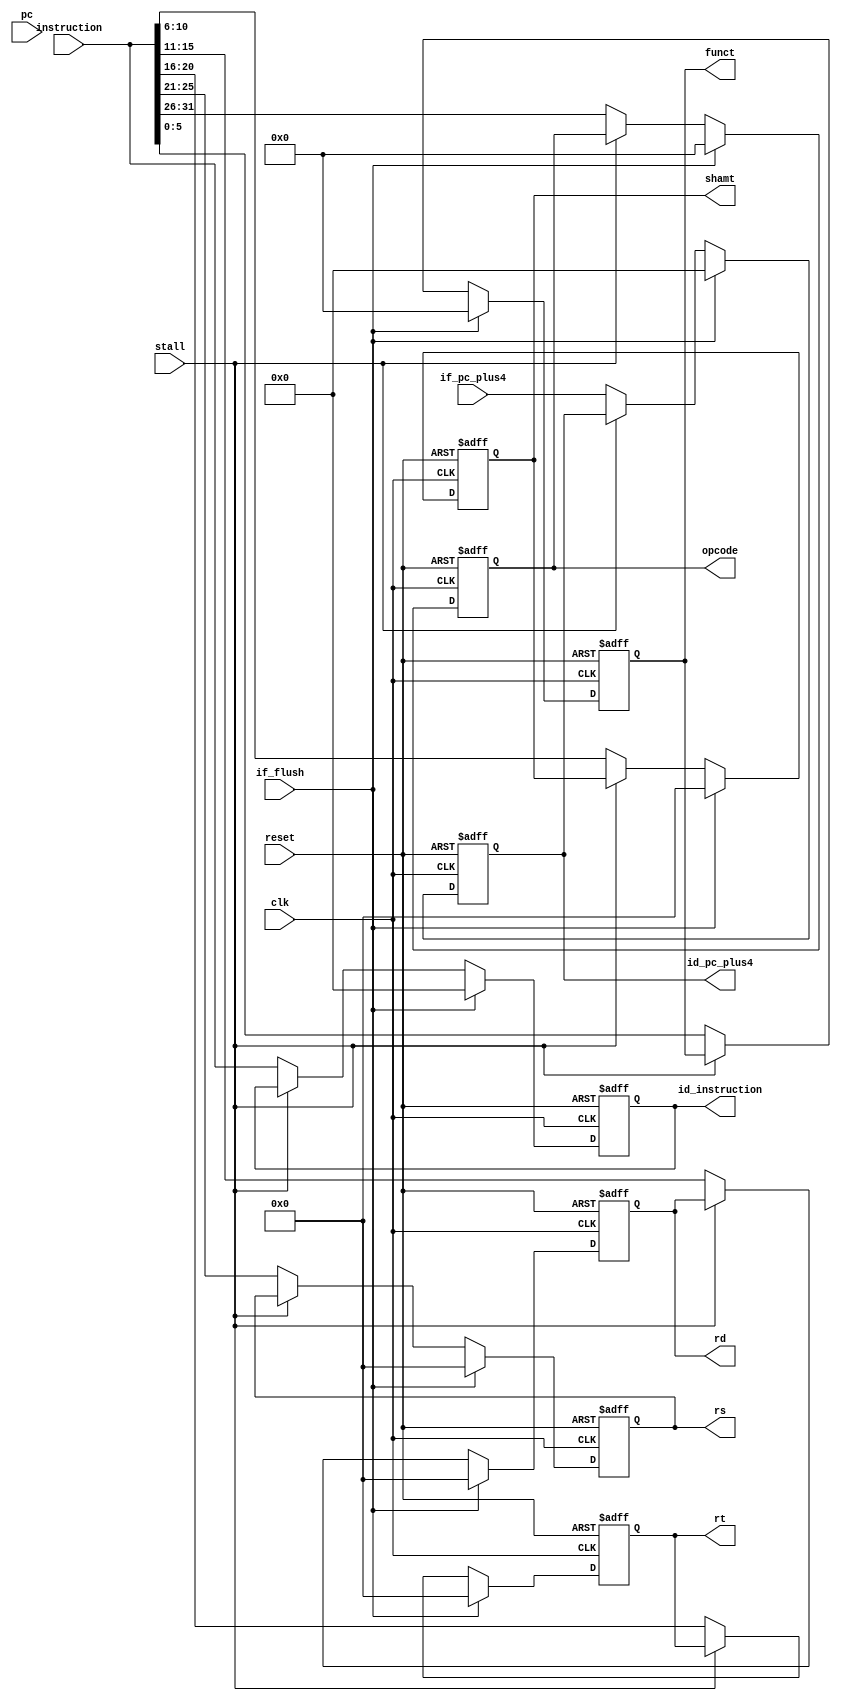
`timescale 1ns / 1ps
//////////////////////////////////////////////////////////////////////////////////
// Company: 
// Engineer: 
// 
// Design Name: 
// Module Name: IF_ID
// Project Name: 
// Target Devices: 
// Tool Versions: 
// Description: 
// 
// Dependencies: 
// 
// Revision:
// Revision 0.01 - File Created
// Additional Comments:
// 
//////////////////////////////////////////////////////////////////////////////////


module IF_ID(
    input wire clk,
    input wire reset,
    input wire[31:0] pc,
    input wire[31:0]instruction,
    input wire stall,
    input wire if_flush,
    input wire[31:0]if_pc_plus4,
    
    output reg [31:0]id_instruction,
    output reg [31:0] id_pc_plus4,
    output reg[4:0] rs,
     output reg[4:0] rt,
      output reg[4:0] rd,
       output reg[4:0] shamt,
        output reg[5:0] funct,
        output reg[5:0] opcode
    );
    always@(posedge clk or posedge reset)
    if(reset )begin
     id_instruction <= 0;
           id_pc_plus4 <= 0;
    id_instruction <= 0;
     opcode <= 0;
       rs <= 0;
       rt <= 0;
       rd <= 0;
       shamt <= 0;
       funct <= 0;
     end
    else if(if_flush) begin
     id_instruction <= 0;
        opcode <= 0;
          rs <= 0;
          rt <= 0;
          rd <= 0;
          shamt <= 0;
          funct <= 0;
          id_pc_plus4 <=0;
    end
    else if(~stall) begin
    id_instruction <= instruction;
        id_pc_plus4 <= if_pc_plus4;
        opcode <= instruction[31:26];
        rs <= instruction[25:21];
        rt <= instruction[20:16];
        rd <= instruction[15:11];
        shamt <= instruction[10:6];
        funct <= instruction[5:0];
    end
    //
    
endmodule